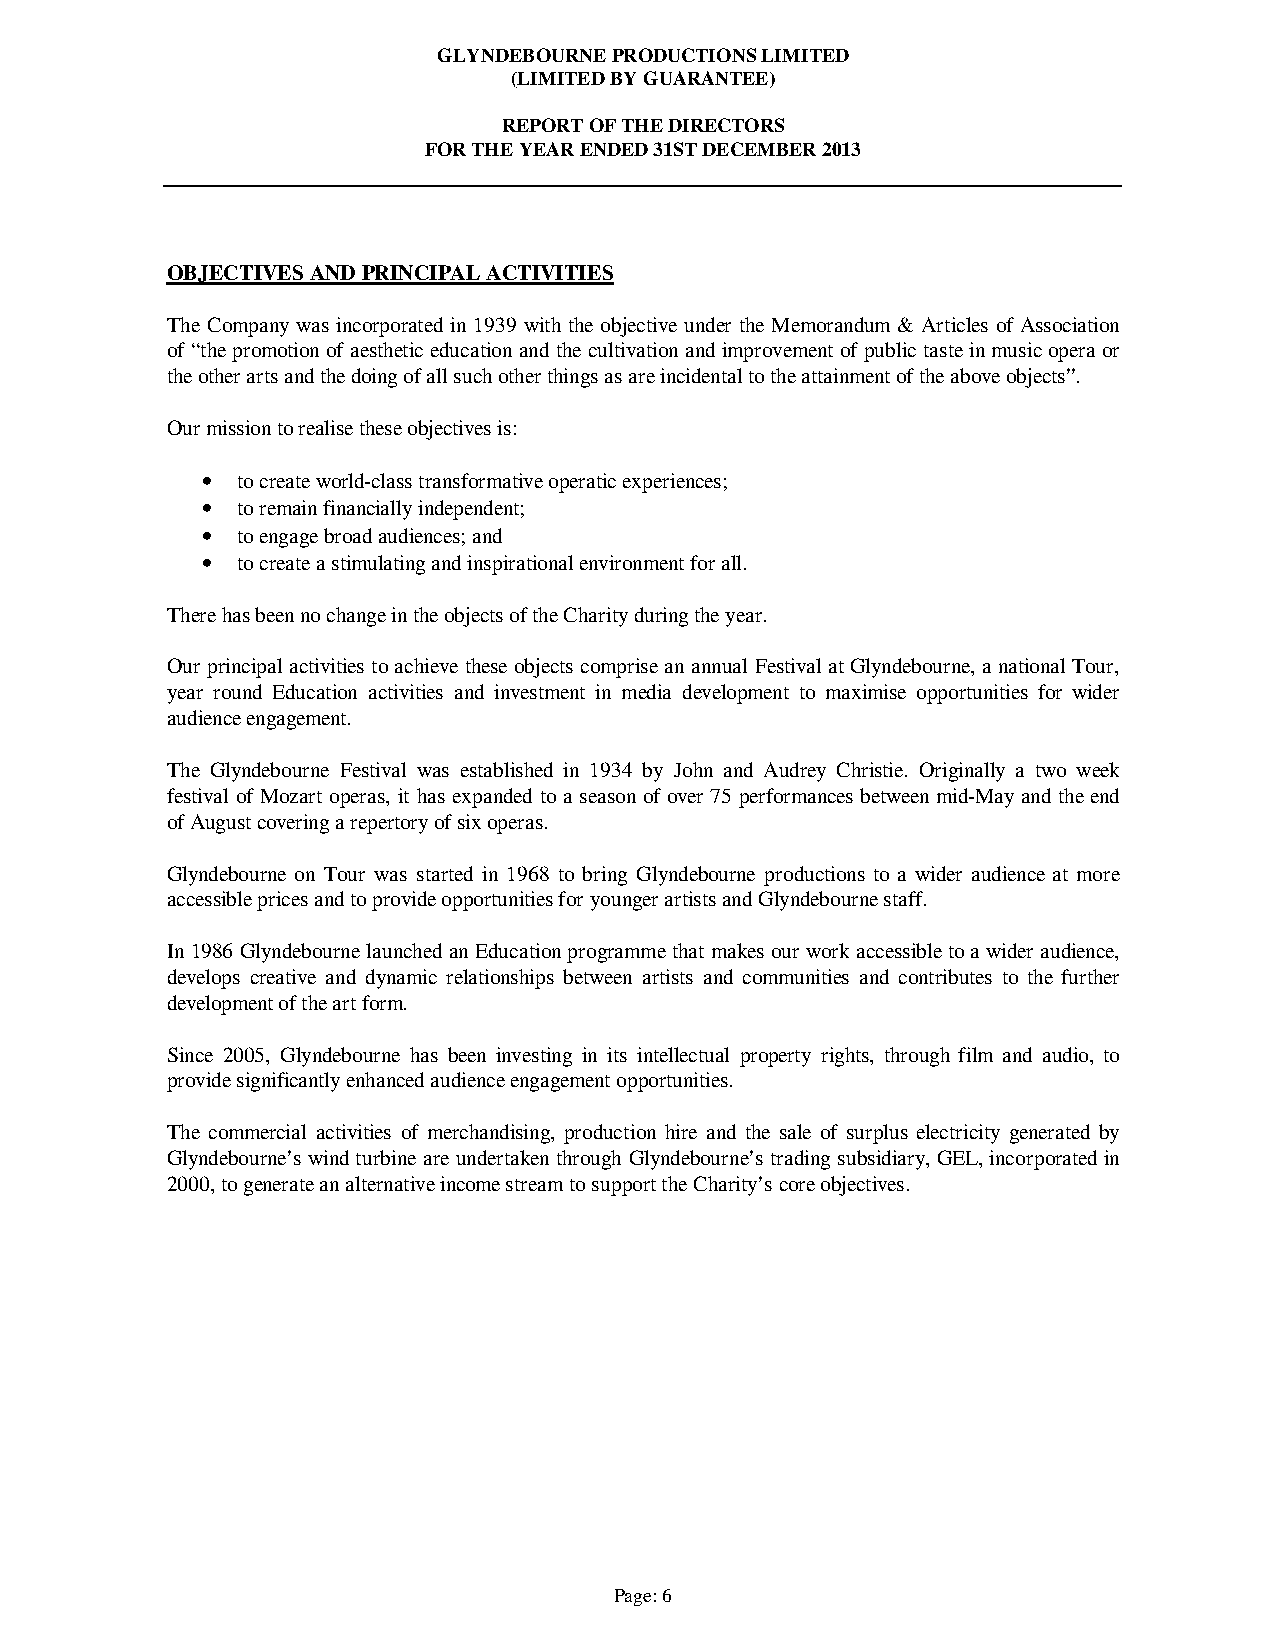
GLYNDEBOURNE PRODUCTIONS LIMITED
 (LIMITED BY GUARANTEE)
 REPORT OF THE DIRECTORS
 FOR THE YEAR ENDED 31ST DECEMBER 2013
 OBJECTIVES AND PRINCIPAL ACTIVITIES
 The Company was incorporated in 1939 with the objective under the Memorandum & Articles of Association
 of “the promotion of aesthetic education and the cultivation and improvement of public taste in music opera or
 the other arts and the doing of all such other things as are incidental to the attainment of the above objects”.
 Our mission to realise these objectives is:
 •  to create world-class transformative operatic experiences;
 •  to remain financially independent;
 •  to engage broad audiences; and
 •  to create a stimulating and inspirational environment for all.
 There has been no change in the objects of the Charity during the year.
 Our principal activities to achieve these objects comprise an annual Festival at Glyndebourne, a national Tour,
 year round Education activities and investment in media development to maximise opportunities for wider
 audience engagement.
 The Glyndebourne Festival was established in 1934 by John and Audrey Christie. Originally a two week
 festival of Mozart operas, it has expanded to a season of over 75 performances between mid-May and the end
 of August covering a repertory of six operas.
 Glyndebourne on Tour was started in 1968 to bring Glyndebourne productions to a wider audience at more
 accessible prices and to provide opportunities for younger artists and Glyndebourne staff.
 In 1986 Glyndebourne launched an Education programme that makes our work accessible to a wider audience,
 develops creative and dynamic relationships between artists and communities and contributes to the further
 development of the art form.
 Since 2005, Glyndebourne has been investing in its intellectual property rights, through film and audio, to
 provide significantly enhanced audience engagement opportunities.
 The commercial activities of merchandising, production hire and the sale of surplus electricity generated by
 Glyndebourne’s wind turbine are undertaken through Glyndebourne’s trading subsidiary, GEL, incorporated in
 2000, to generate an alternative income stream to support the Charity’s core objectives.
 Page: 6